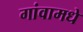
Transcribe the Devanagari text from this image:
गांवामधे